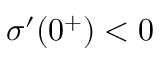
\sigma ^ { \prime } ( 0 ^ { + } ) < 0